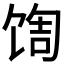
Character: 𬳀